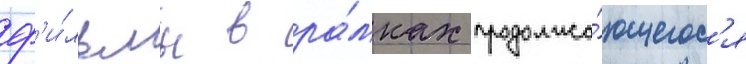
ф'и́льмы в ра́мках продолжа́ющегос'я